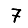
Digit: 7